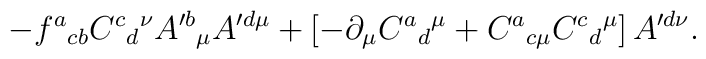
- f^{a}{}_{cb}C^{c}{}_{d}{}^{\nu}A^{\prime b}{}_{\mu }A^{\prime d \mu}+ \left[-\partial _{\mu }C^{a}{}_{d}{}^{\mu} + C^{a}{}_{c\mu}C^{c}{}_{d}{}^{\mu }\right] A^{\prime d \nu}.